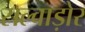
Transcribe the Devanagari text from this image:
सल्वाड़ोर